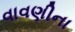
વાવણીના